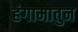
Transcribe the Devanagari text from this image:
हंगामातुन